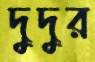
দুদুর